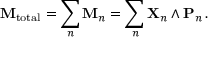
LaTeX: \mathbf { M } _ { \mathrm { t o t a l } } = \sum _ { n } \mathbf { M } _ { n } = \sum _ { n } \mathbf { X } _ { n } \wedge \mathbf { P } _ { n } \, .